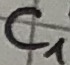
Text: C1